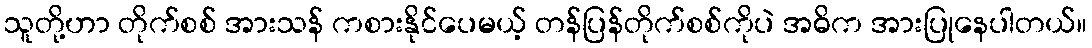
သူတို့ဟာ တိုက်စစ် အားသန် ကစားနိုင်ပေမယ့် တန်ပြန်တိုက်စစ်ကိုပဲ အဓိက အားပြုနေပါတယ်။